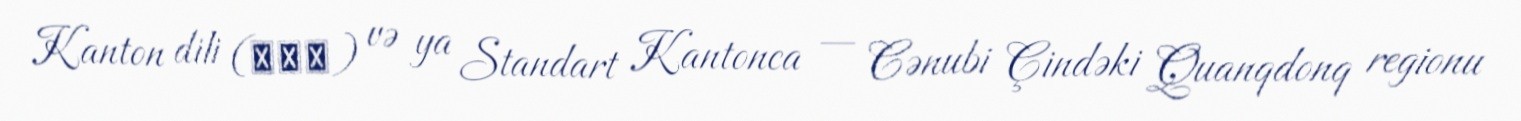
Kanton dili (廣東話) və ya Standart Kantonca — Cənubi Çindəki Quanqdonq regionu